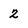
Character: 2